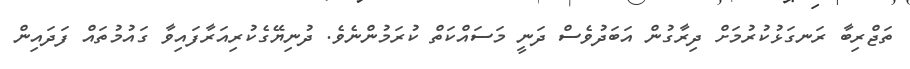
ތަޖްރިބާ ރަނގަޅުކުރުމަށް ދިރާގުން އަބަދުވެސް ދަނީ މަސައްކަތް ކުރަމުންނެވެ. ދުނިޔޭގެކުރިއަރާފައިވާ ގައުމުތައް ފަދައިން